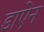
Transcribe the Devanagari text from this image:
डाऐन